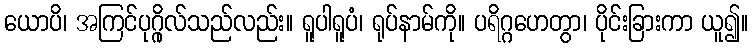
ယောပိ၊ အကြင်ပုဂ္ဂိုလ်သည်လည်း။ ရူပါရူပံ၊ ရုပ်နာမ်ကို။ ပရိဂ္ဂဟေတွာ၊ ပိုင်းခြားကာ ယူ၍။